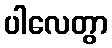
ပါလေတွာ